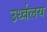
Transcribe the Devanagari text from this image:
उर्ध्वलय